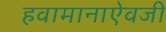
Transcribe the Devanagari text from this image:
हवामानाऐवजी